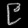
Digit: ၉